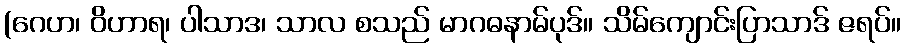
(ဂေဟ၊ ဝိဟာရ၊ ပါသာဒ၊ သာလ စသည် မာဂဓနာမ်ပုဒ်။ သိမ်ကျောင်းပြာသာဒ် ဇရပ်။